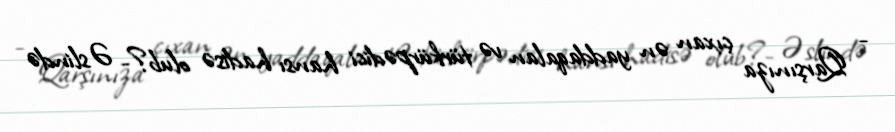
- Qarşınıza çıxan ən yaddaqalan və türkürpədici hansı hadisə olub?- Əslində